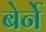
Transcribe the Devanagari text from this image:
बेर्ने